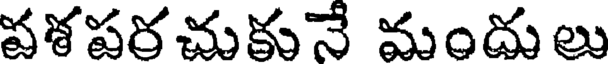
వశపరచుకునే మందులు